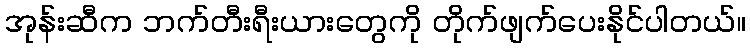
အုန်းဆီက ဘက်တီးရီးယားတွေကို တိုက်ဖျက်ပေးနိုင်ပါတယ်။